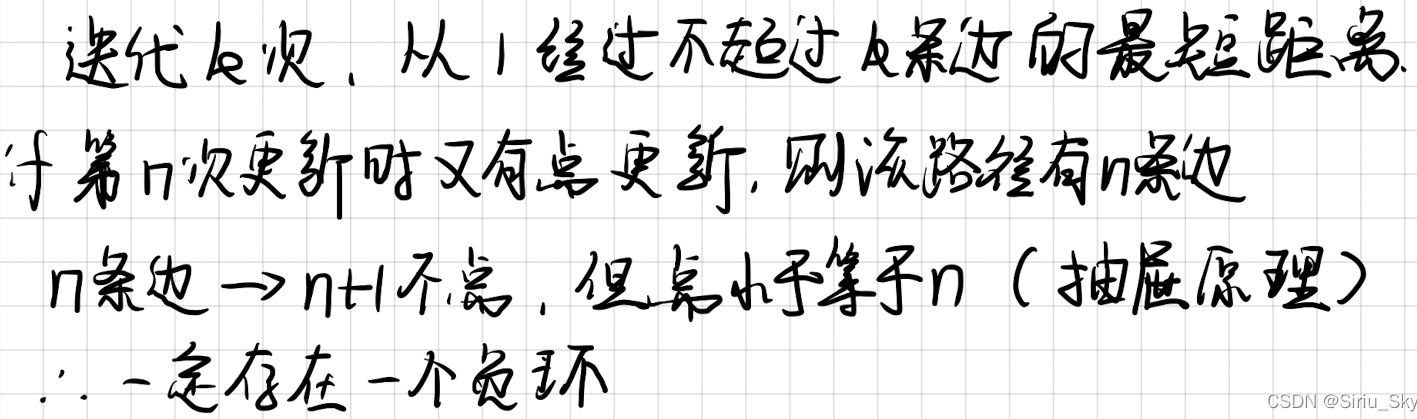
迭代 \(k\) 次，从 \(1\) 经过不超过 \(k\) 条边的最短距离。于第 \(n\) 次更新时又有点更新，则该路径有 \(n\) 条边。\(n\) 条边 \(\to n + 1\) 个点，但点小于等于 \(n\)（抽屉原理），\(\therefore\) 一定存在一个负环。